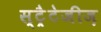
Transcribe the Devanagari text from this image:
स्ट्रैटेजीज़